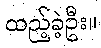
ထည့်ခဲ့ဦး။